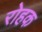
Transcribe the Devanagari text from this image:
रोहक